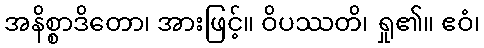
အနိစ္စာဒိတော၊ အားဖြင့်။ ဝိပဿတိ၊ ရှု၏။ ဧဝံ၊